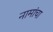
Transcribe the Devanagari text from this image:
नामांचा